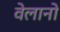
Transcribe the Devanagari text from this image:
वेलानो